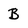
Character: B